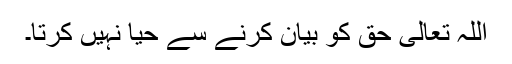
اللہ تعالی حق کو بیان کرنے سے حیا نہیں کرتا۔